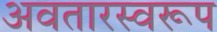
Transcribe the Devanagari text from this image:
अवतारस्वरूप